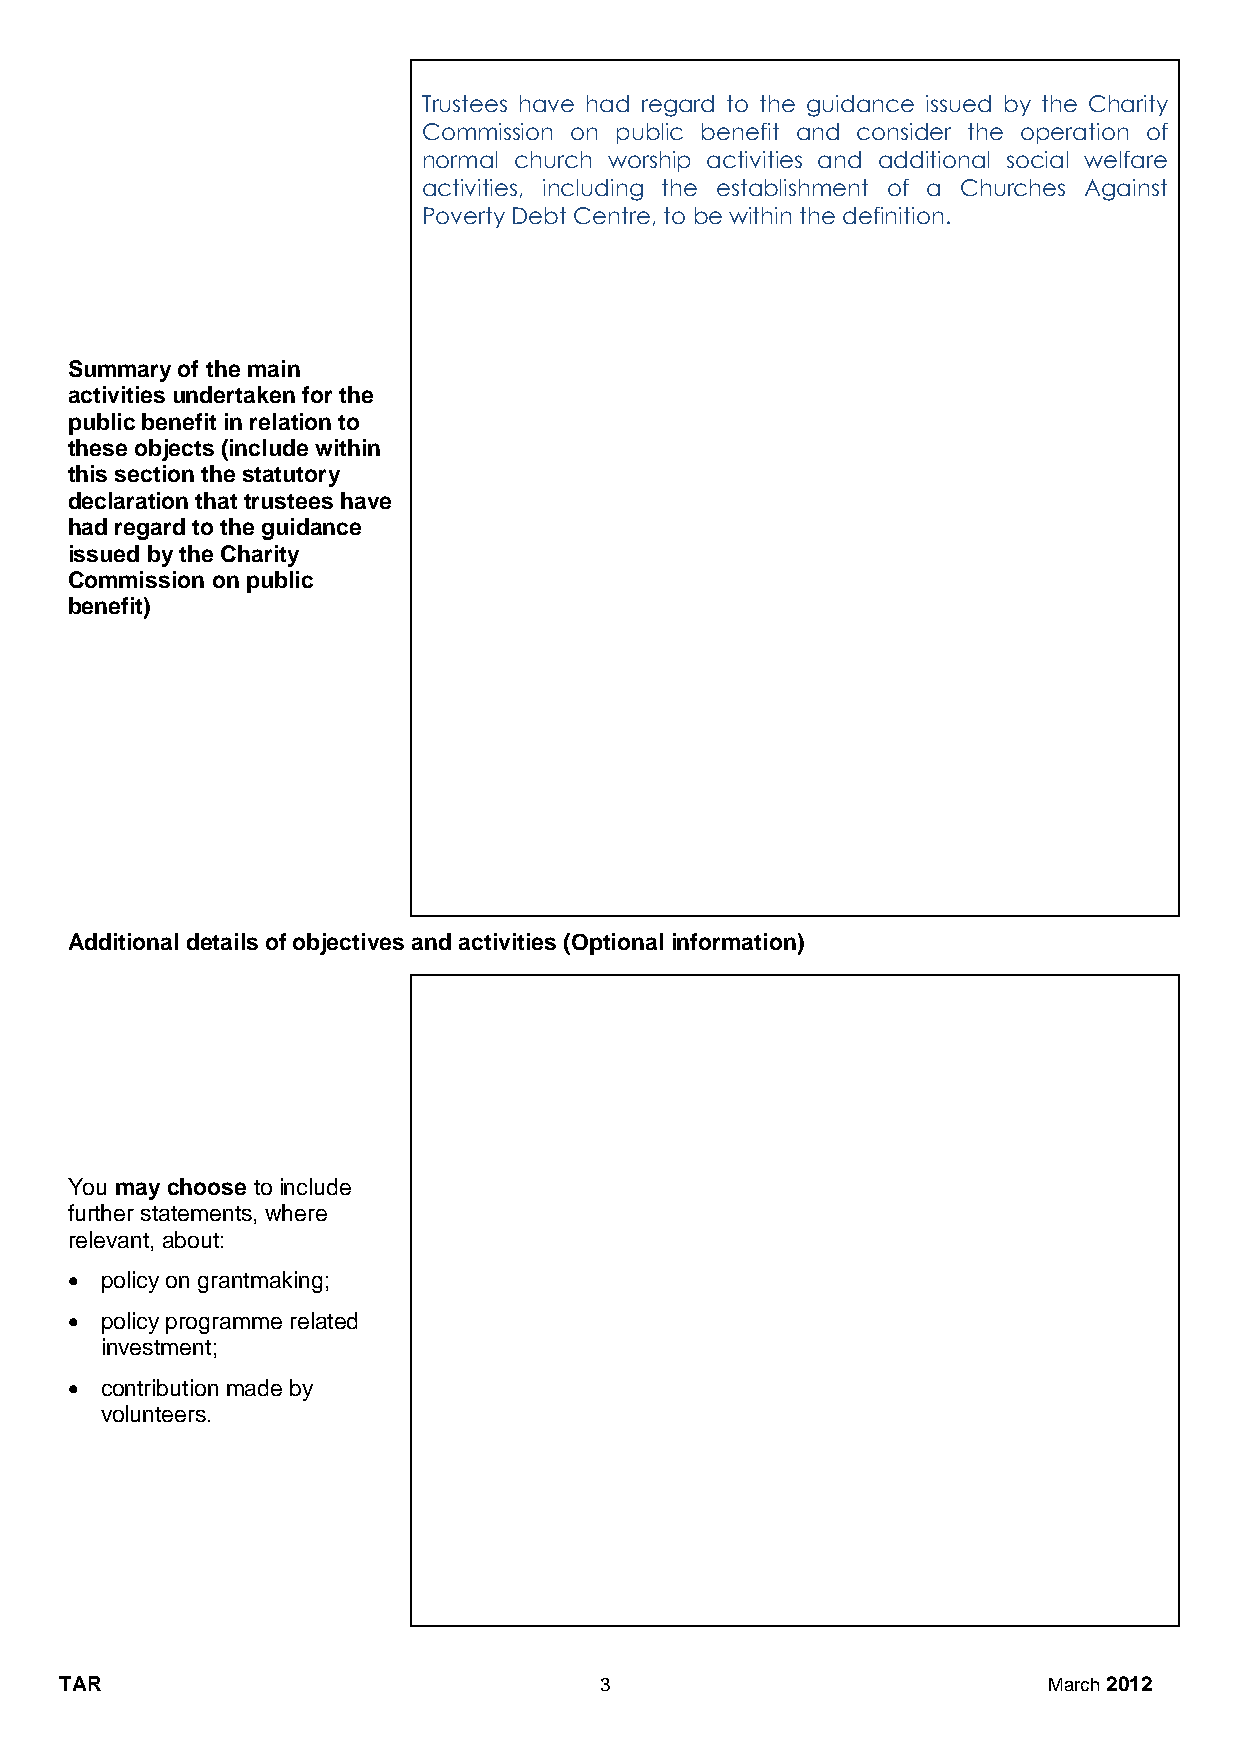
Trustees have had regard to the guidance issued by the Charity
 Commission on public benefit and consider the operation of
 normal church worship activities and additional social welfare
 activities, including the establishment of a Churches Against
 Poverty Debt Centre, to be within the definition.
 Summary of the main
 activities undertaken for the
 public benefit in relation to
 these objects (include within
 this section the statutory
 declaration that trustees have
 had regard to the guidance
 issued by the Charity
 Commission on public
 benefit)
 Additional details of objectives and activities (Optional information)
 You may choose to include
 further statements, where
 relevant, about:
   policy on grantmaking;
   policy programme related
 investment;
   contribution made by
 volunteers.
 TAR                                 3                            March 2012